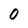
Character: 0